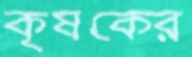
কৃষকের